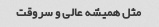
مثل همیشه عالی و سروقت